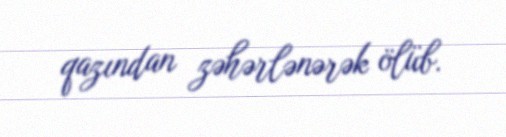
qazından zəhərlənərək ölüb.